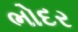
ભોદર